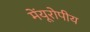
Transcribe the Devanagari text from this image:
मेंयूरोपीय